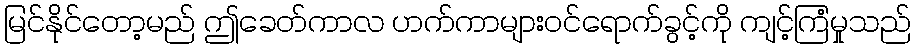
မြင်နိုင်တော့မည် ဤခေတ်ကာလ ဟက်ကာများဝင်ရောက်ခွင့်ကို ကျင့်ကြံမှုသည်